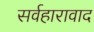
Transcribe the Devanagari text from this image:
सर्वहारावाद